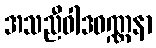
အသညီဝါဒဝဏ္ဏနာ